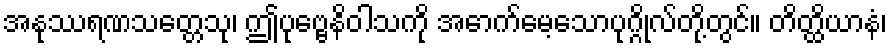
အနုဿရဏသတ္တေသု၊ ဤပုဗ္ဗေနိဝါသကို အောက်မေ့သောပုဂ္ဂိုလ်တို့တွင်။ တိတ္ထိယာနံ၊